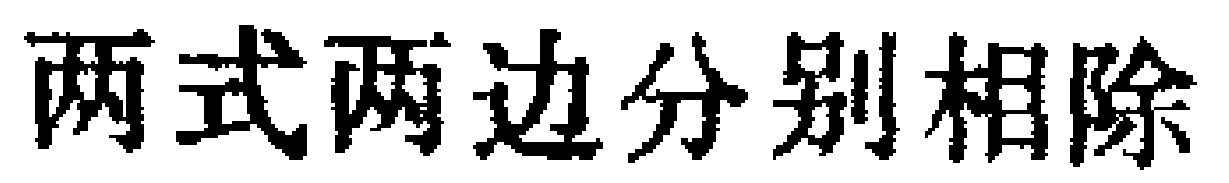
两式两边分别相除